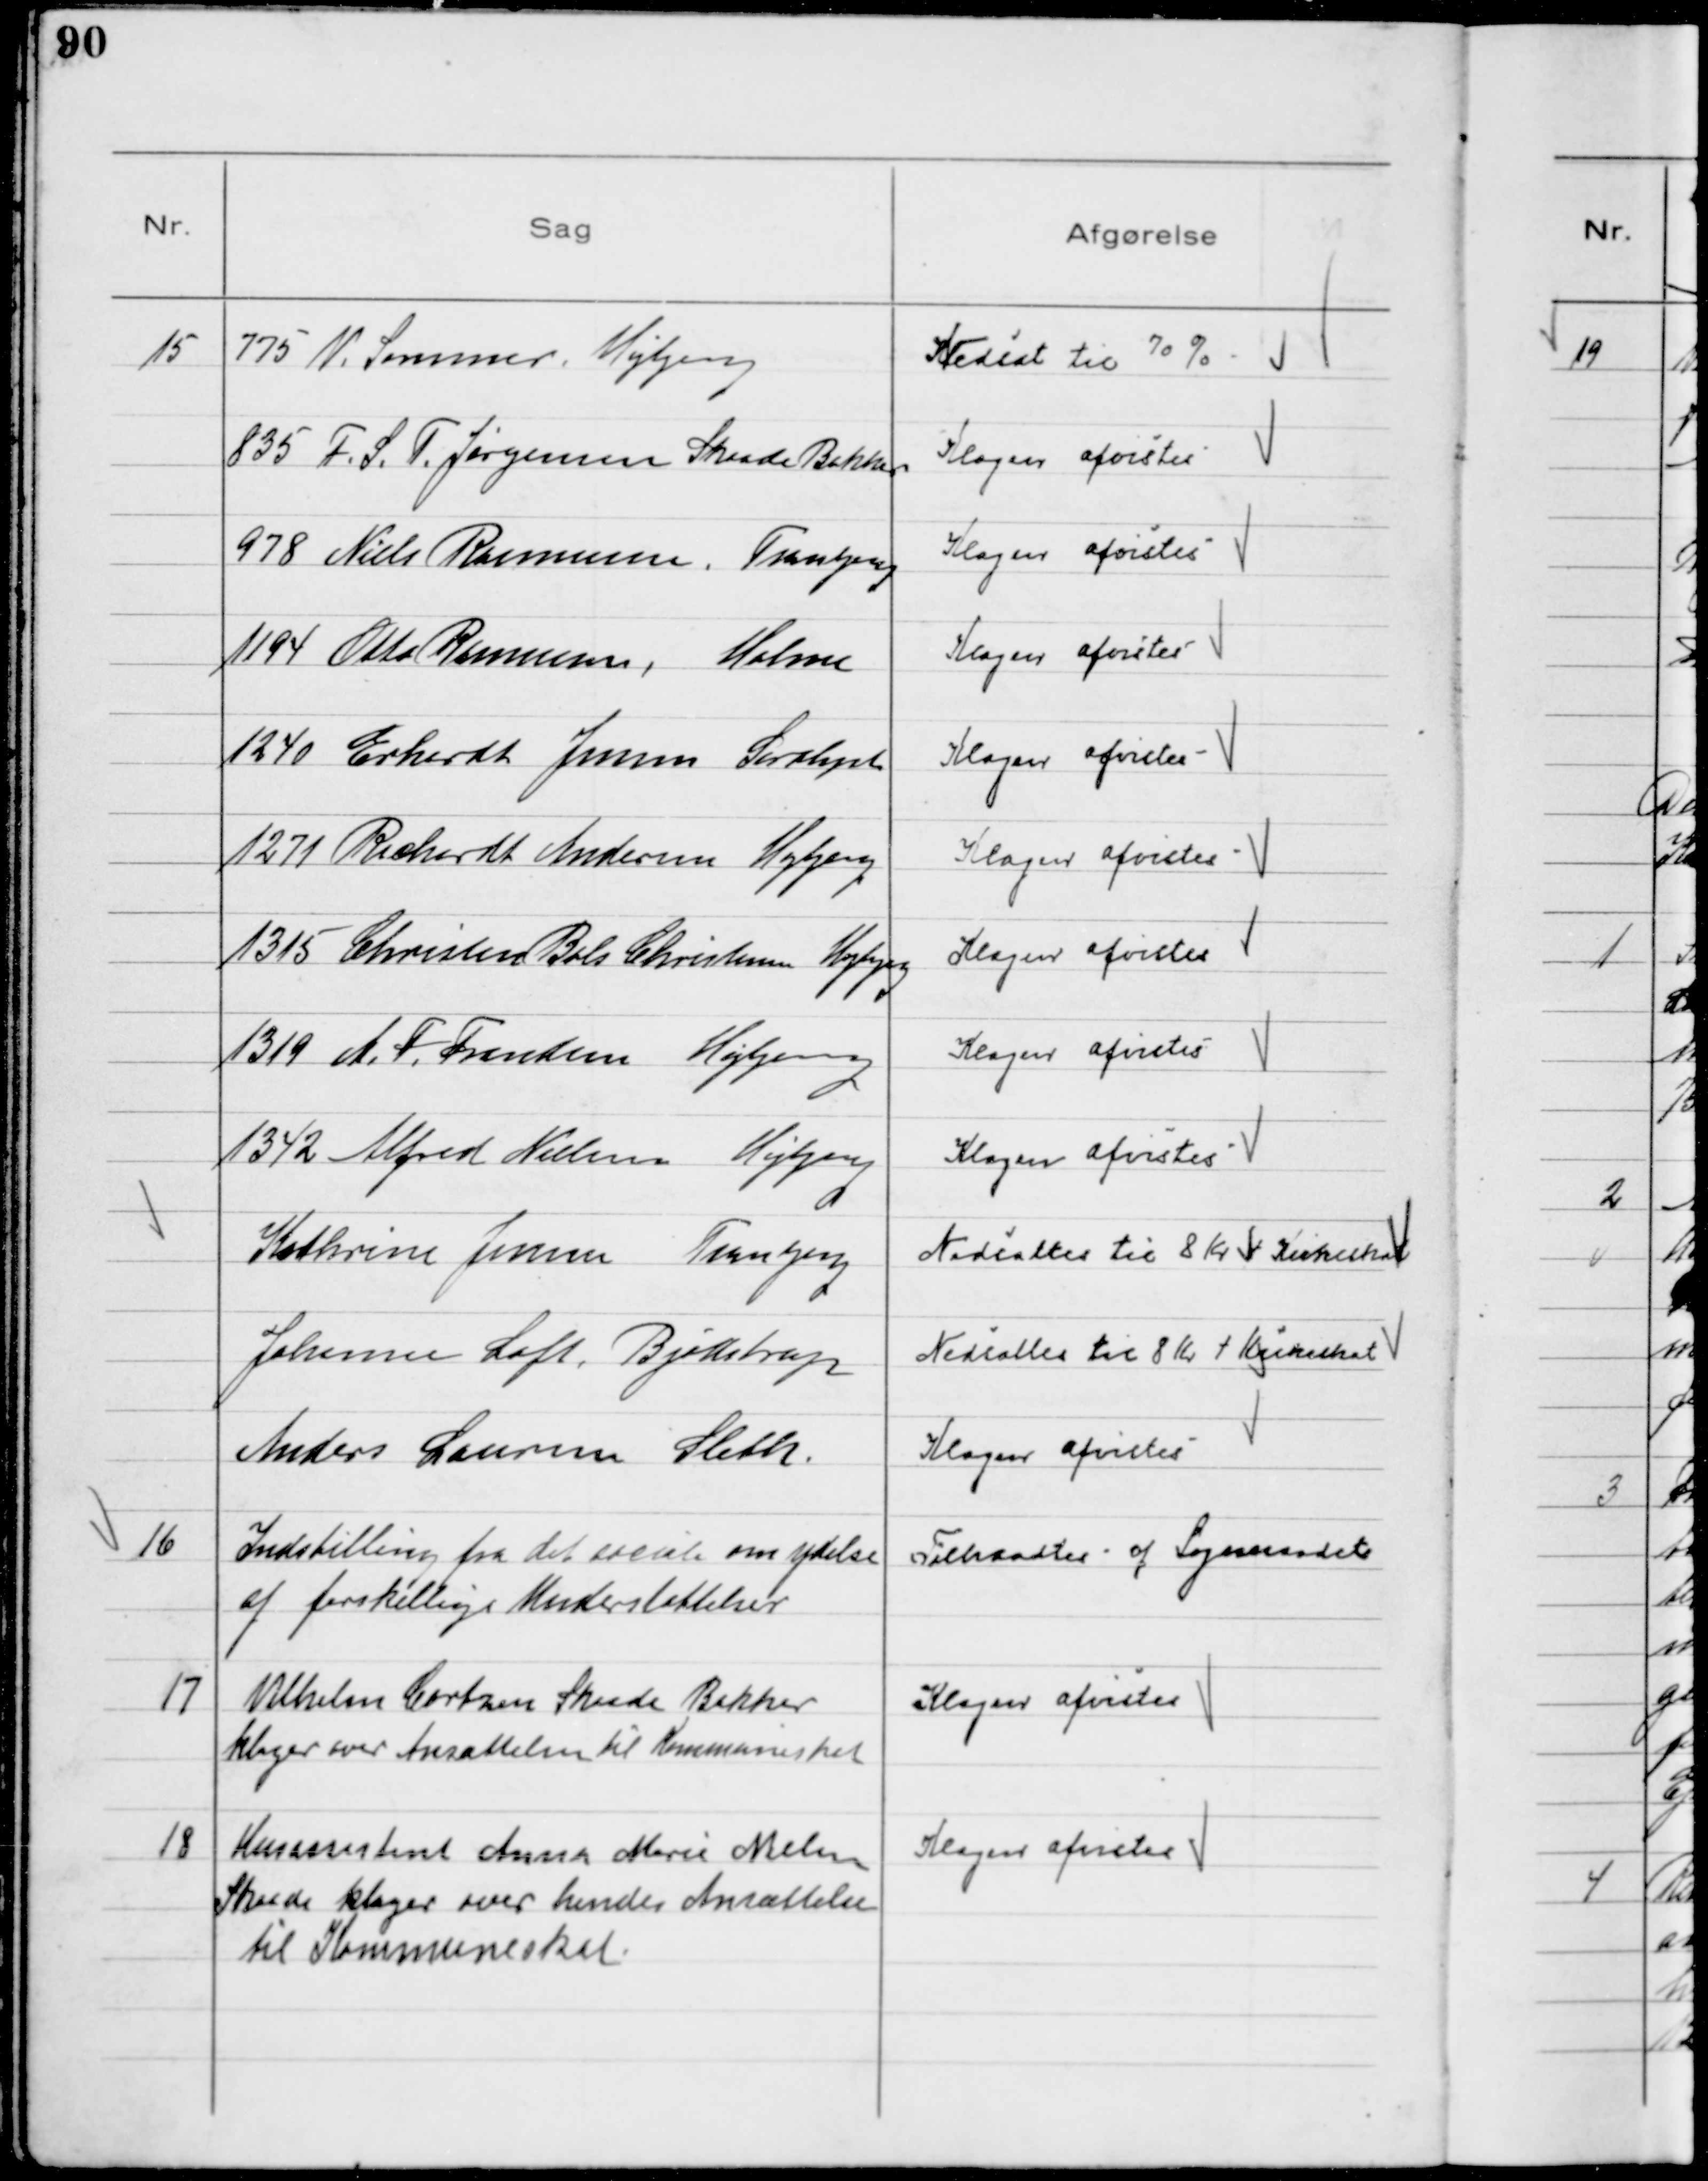
Transskription:
15
775 V. Sommer, Højbjerg

Nedsat til 70 %

835 F. S. T. Jørgensen Skaade Bakker

Klagen afvistes

978 Niels Rasmussen, Tranbjerg

Klagen afvistes

1194 Otto Rasmussen, Holme

Klagen afvistes

1240 Erhardt Jensen, Saralyst

Klagen afvistes

1271 Richardt Andersen Højbjerg

Klagen afvistes

1315 Christen Bols Christensen, Højbjerg

Klagen afvistes

1319 A. F. Frandsen Højbjerg

Klagen afvistes

1342 Alfred Nielsen Højbjerg

Klagen afvistes

Kathrine Jensen Tranbjerg

Nedsattes til 8 Kr + Kirkeskat

Johanne Loft, Bjødstrup

Nedsattes til 8 Kr + Kirkeskat

Anders Laursen Sleth

Klagen afvistes

16
Indstilling fra det sociale om ydelse
af forskellige Understøttelser

Tiltraadtes af Sogneraadet

17
Vilhelm Cortzen Skaade Bakker
klager over Ansættelsen til Kommuneskat

Klagen afvistes

18
Husassistent Anna Marie Nielsen
Skaade klager over hendes Ansættelse
til Kommuneskat

Klagen afvistes